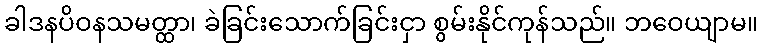
ခါဒနပိဝနသမတ္ထာ၊ ခဲခြင်းသောက်ခြင်းငှာ စွမ်းနိုင်ကုန်သည်။ ဘဝေယျာမ။